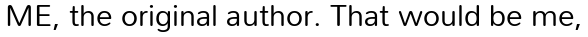
ME, the original author. That would be me,